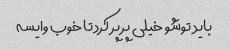
باید توشو خیلی پر پر کرد تا خوب وایسه